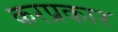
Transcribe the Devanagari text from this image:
करप्रकार